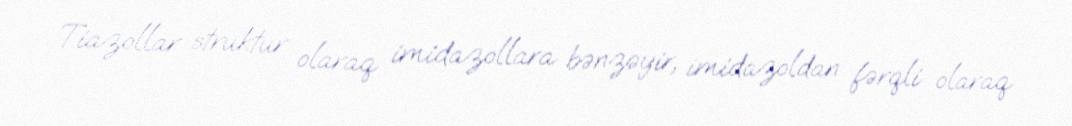
Tiazollar struktur olaraq imidazollara bənzəyir, imidazoldan fərqli olaraq